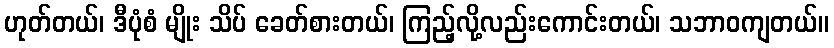
ဟုတ်တယ်၊ ဒီပုံစံ မျိုး သိပ် ခေတ်စားတယ်၊ ကြည့်လို့လည်းကောင်းတယ်၊ သဘာဝကျတယ်။